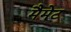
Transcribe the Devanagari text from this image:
मैमेट